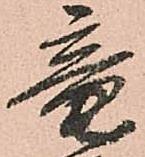
竜